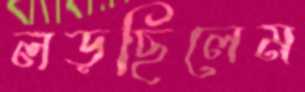
লড়ছিলেম